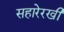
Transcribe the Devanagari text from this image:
सहारेरखी